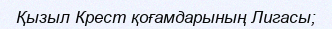
Қызыл Крест қоғамдарының Лигасы;